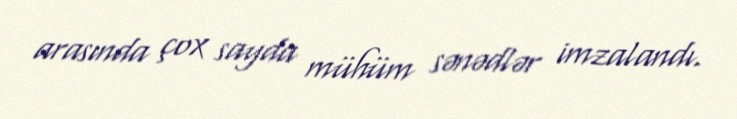
arasında çox sayda mühüm sənədlər imzalandı.